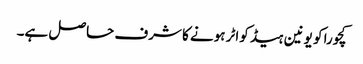
کچورا کو یونین ہیڈ کواٹر ہونے کا شرف حاصل ہے۔